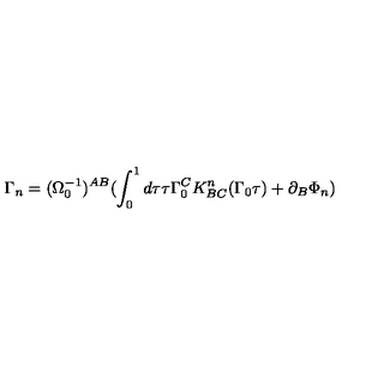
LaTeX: \Gamma _ { n } = ( \Omega _ { 0 } ^ { - 1 } ) ^ { A B } ( \int _ { 0 } ^ { 1 } d \tau \tau \Gamma _ { 0 } ^ { C } K _ { B C } ^ { n } ( \Gamma _ { 0 } \tau ) + \partial _ { B } \Phi _ { n } )